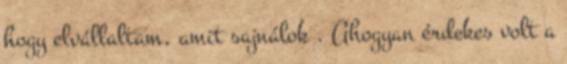
hogy elvállaltam, amit sajnálok . Ahogyan érdekes volt a